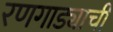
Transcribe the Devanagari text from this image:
रणगाड्याची